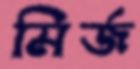
মির্জ